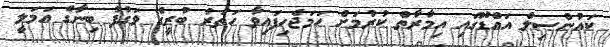
ކައުންސިލް އައްޑޫގައި އިމާރާތް ކުރުމަށް ހަމަޖެހިފައިވާ ހަތަރު ބުރީގެ ވަގުފު ބިނާގެ އަމަލީ